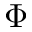
\Phi